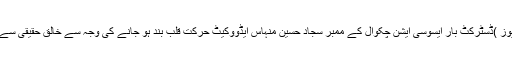
ڈھڈیال نیوز )ڈسٹرکٹ بار ایسوسی ایشن چکوال کے ممبر سجاد حسین منہاس ایڈووکیٹ حرکت قلب بند ہو جانے کی وجہ سے خالق حقیقی سے جا ملے۔